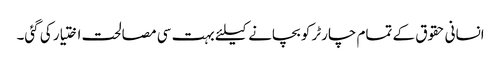
انسانی حقوق کے تمام چارٹر کو بچانے کیلئے بہت سی مصالحت اختیار کی گئی۔